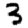
Digit: 3